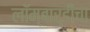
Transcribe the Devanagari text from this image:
लॉम्बार्डीचा